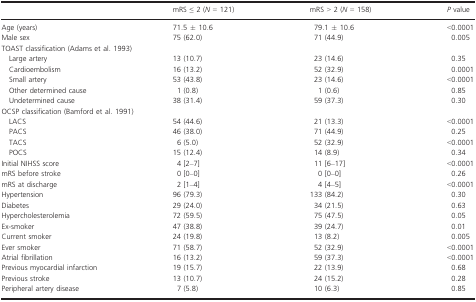
<table><thead><tr><td></td><td><b>mRS ≤ 2 (<i>N</i> = 121)</b></td><td><b>mRS &gt; 2 (<i>N</i> = 158)</b></td><td><b><i>P</i> value</b></td></tr></thead><tbody><tr><td>Age (years)</td><td>71.5 ± 10.6</td><td>79.1 ± 10.6</td><td>&lt;0.0001</td></tr><tr><td>Male sex</td><td>75 (62.0)</td><td>71 (44.9)</td><td>0.005</td></tr><tr><td colspan="4">TOAST classification (Adams et al. 1993)</td></tr><tr><td>Large artery</td><td>13 (10.7)</td><td>23 (14.6)</td><td>0.35</td></tr><tr><td>Cardioembolism</td><td>16 (13.2)</td><td>52 (32.9)</td><td>0.0001</td></tr><tr><td>Small artery</td><td>53 (43.8)</td><td>23 (14.6)</td><td>&lt;0.0001</td></tr><tr><td>Other determined cause</td><td>1 (0.8)</td><td>1 (0.6)</td><td>0.85</td></tr><tr><td>Undetermined cause</td><td>38 (31.4)</td><td>59 (37.3)</td><td>0.30</td></tr><tr><td colspan="4">OCSP classification (Bamford et al. 1991)</td></tr><tr><td>LACS</td><td>54 (44.6)</td><td>21 (13.3)</td><td>&lt;0.0001</td></tr><tr><td>PACS</td><td>46 (38.0)</td><td>71 (44.9)</td><td>0.25</td></tr><tr><td>TACS</td><td>6 (5.0)</td><td>52 (32.9)</td><td>&lt;0.0001</td></tr><tr><td>POCS</td><td>15 (12.4)</td><td>14 (8.9)</td><td>0.34</td></tr><tr><td>Initial NIHSS score</td><td>4 [2–7]</td><td>11 [6–17]</td><td>&lt;0.0001</td></tr><tr><td>mRS before stroke</td><td>0 [0–0]</td><td>0 [0–0]</td><td>0.26</td></tr><tr><td>mRS at discharge</td><td>2 [1–4]</td><td>4 [4–5]</td><td>&lt;0.0001</td></tr><tr><td>Hypertension</td><td>96 (79.3)</td><td>133 (84.2)</td><td>0.30</td></tr><tr><td>Diabetes</td><td>29 (24.0)</td><td>34 (21.5)</td><td>0.63</td></tr><tr><td>Hypercholesterolemia</td><td>72 (59.5)</td><td>75 (47.5)</td><td>0.05</td></tr><tr><td>Ex‐smoker</td><td>47 (38.8)</td><td>39 (24.7)</td><td>0.01</td></tr><tr><td>Current smoker</td><td>24 (19.8)</td><td>13 (8.2)</td><td>0.005</td></tr><tr><td>Ever smoker</td><td>71 (58.7)</td><td>52 (32.9)</td><td>&lt;0.0001</td></tr><tr><td>Atrial fibrillation</td><td>16 (13.2)</td><td>59 (37.3)</td><td>&lt;0.0001</td></tr><tr><td>Previous myocardial infarction</td><td>19 (15.7)</td><td>22 (13.9)</td><td>0.68</td></tr><tr><td>Previous stroke</td><td>13 (10.7)</td><td>24 (15.2)</td><td>0.28</td></tr><tr><td>Peripheral artery disease</td><td>7 (5.8)</td><td>10 (6.3)</td><td>0.85</td></tr></tbody></table>